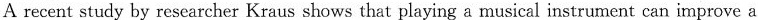
A recent study by researcher Kraus shows that playing a musical instrument can improve a